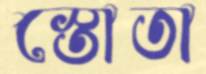
স্তোতা